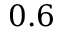
0 . 6